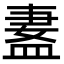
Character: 𬐢